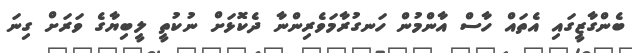
ބެންގާޒީގައި އެތައް ހާސް އާންމުން ހަނގުރާމަވެރިންނާ ދެކޮޅަށް ނުކުތީ ލީބިޔާގެ ވަރަށް ގިނަ